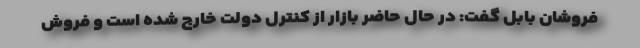
فروشان بابل گفت: در حال حاضر بازار از کنترل دولت خارج شده است و فروش